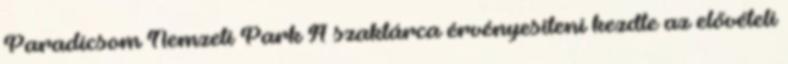
Paradicsom Nemzeti Park A szaktárca érvényesíteni kezdte az elővételi